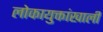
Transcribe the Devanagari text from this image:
लोकायुक्तांखाली